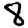
Digit: 8